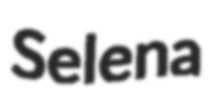
Selena